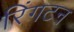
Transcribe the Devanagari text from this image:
रिंगटन